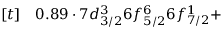
\begin{array} { r l } { [ t ] } & { { } 0 . 8 9 \cdot 7 d _ { 3 / 2 } ^ { 3 } 6 f _ { 5 / 2 } ^ { 6 } 6 f _ { 7 / 2 } ^ { 1 } + } \end{array}